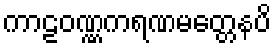
ကာဠဝဏ္ဏကရဏမတ္တေနပိ